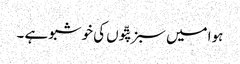
ہوا میں سبز پتّوں کی خوشبو ہے ۔